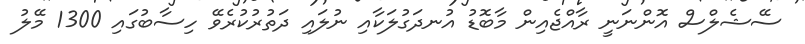
ސޭޝެލްސް އޮންނަނީ ރާއްޖެއިން މާބޮޑު އުނދަގުލަކާއި ނުލައި ދަތުރުކުރެވޭ ހިސާބުގައި 1300 މޭލު